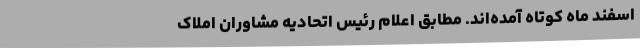
اسفند ماه کوتاه آمده‌اند. مطابق اعلام رئیس اتحادیه مشاوران املاک